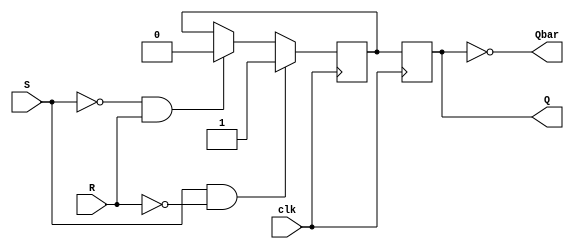
module sr_flipflop (
   input wire S, R, clk,
   output reg Q, Qbar
);

reg master_stage_Q, slave_stage_Q;

always @(posedge clk) begin
   if (S && !R) begin
      master_stage_Q <= 1'b1;
   end
   else if (!S && R) begin
      master_stage_Q <= 1'b0;
   end
end

always @(posedge clk) begin
   slave_stage_Q <= master_stage_Q;
end

assign Q = slave_stage_Q;
assign Qbar = ~slave_stage_Q;

endmodule